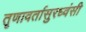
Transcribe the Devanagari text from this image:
तृणावर्तासुरध्वंसी